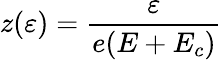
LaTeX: z(\varepsilon)=\frac{\varepsilon}{e(E+E_{c})}